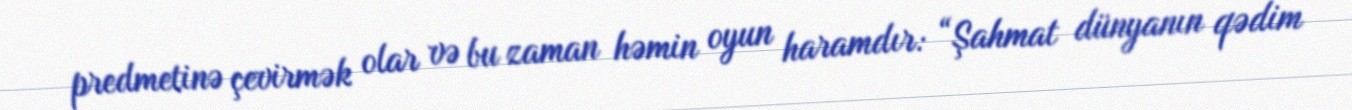
predmetinə çevirmək olar və bu zaman həmin oyun haramdır: “Şahmat dünyanın qədim